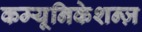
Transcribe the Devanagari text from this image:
कम्यूनिकेशन्ज़